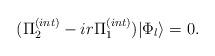
LaTeX: \begin{align*}(\Pi^{(int)}_2-ir\Pi^{(int)}_1)|\Phi_l\rangle = 0. \end{align*}